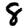
Digit: 8